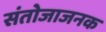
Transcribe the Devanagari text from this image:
संतोजाजनक